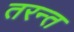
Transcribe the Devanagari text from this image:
तरन्त